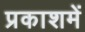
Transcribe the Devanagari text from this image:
प्रकाशमें